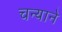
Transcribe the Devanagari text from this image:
चन्याने